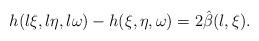
LaTeX: \begin{align*} h(l \xi,l \eta,l \omega)-h(\xi,\eta,\omega)=2\hat\beta(l,\xi).\end{align*}